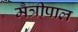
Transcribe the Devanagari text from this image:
मैत्रीपाल